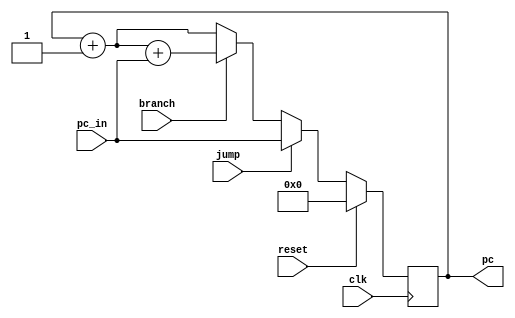
`timescale 1ns / 1ps
//////////////////////////////////////////////////////////////////////////////////
// Company: 
// Engineer: 
// 
// Design Name: 
// Module Name:    ProgramCounter 
// Project Name: 
// Target Devices: 
// Tool versions: 
// Description: 
//
// Dependencies: 
//
// Revision: 
// Revision 0.01 - File Created
// Additional Comments: 
//
//////////////////////////////////////////////////////////////////////////////////
module ProgramCounter(
	input clk,
	input reset,
	input branch, jump,
	input [31:0] pc_in,
	output reg [31:0] pc
    );
	 always @(posedge clk)
	 begin
		if(reset == 1'b1) pc = 0;
		else 
			begin
				if(jump) pc = (pc_in);
				else if(branch) pc = pc+ 1 + (pc_in);
				else pc = pc + 1;
			end
	 end


endmodule